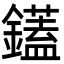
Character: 鑉